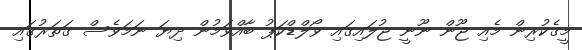
މީގެކުރިން މެއި ޖޫން ނޫނީ ޖުލައިގައި ވޯލްޑްކަޕު ބާއްވަމުން ދިޔަ ނަމަވެސް ގަތަރުގައި